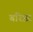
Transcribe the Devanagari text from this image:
बरिष्टर